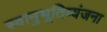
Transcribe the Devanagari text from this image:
स्वानुभूतिव्यंजना